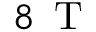
8 \, \mathrm { ~ T ~ }